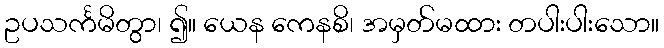
ဥပသင်္ကမိတွာ၊ ၍။ ယေန ကေနစိ၊ အမှတ်မထား တပါးပါးသော။